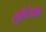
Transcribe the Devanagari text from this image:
सृष्टिवाद